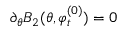
\partial _ { \theta } B _ { 2 } ( \theta , \varphi _ { t } ^ { ( 0 ) } ) = 0